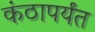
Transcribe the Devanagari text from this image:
कंठापर्यंत